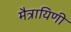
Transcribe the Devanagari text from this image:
मैत्रायिणी